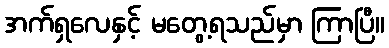
အက်ရှလေနှင့် မတွေ့ရသည်မှာ ကြာပြီ။